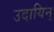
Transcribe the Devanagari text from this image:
उदायिन्